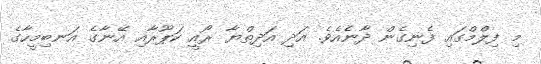
މި ފިލްމްގައި ފެނިގެން ދާނެއެވެ. އަދި އަދިތްޔާ ރޯއީ ކަޕޫރާއި އޭނާގެ އަނބިމީހާގެ